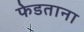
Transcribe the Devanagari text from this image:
फेडताना